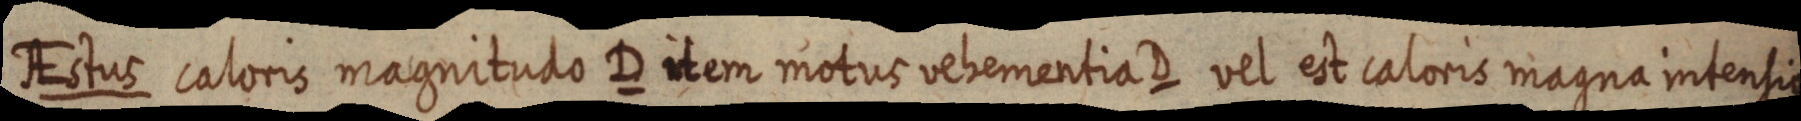
AEstus caloris magnitudo D item motus vehementia D vel est caloris magna intensio.